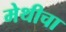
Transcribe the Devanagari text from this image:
मेथीचा